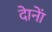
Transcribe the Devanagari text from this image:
दाेनाें